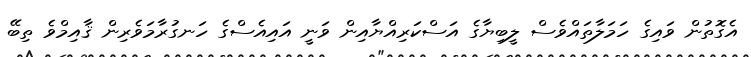
އެގޮތުން ވައިގެ ހަމަލާތައްވެސް ލީބިޔާގެ އަސްކަރިއްޔާއިން ވަނީ އައިއެސްގެ ހަނގުރާމަވެރިން ޤާއިމްވެ ތިބޭ